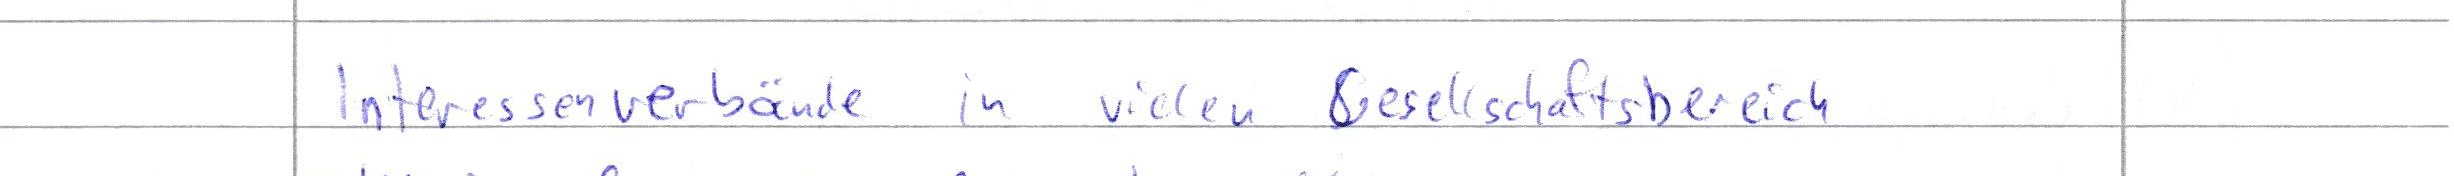
Interessenverbände in vielen Gesellschaftsbereich